Liigvalla_vallavalitsus, lk 134
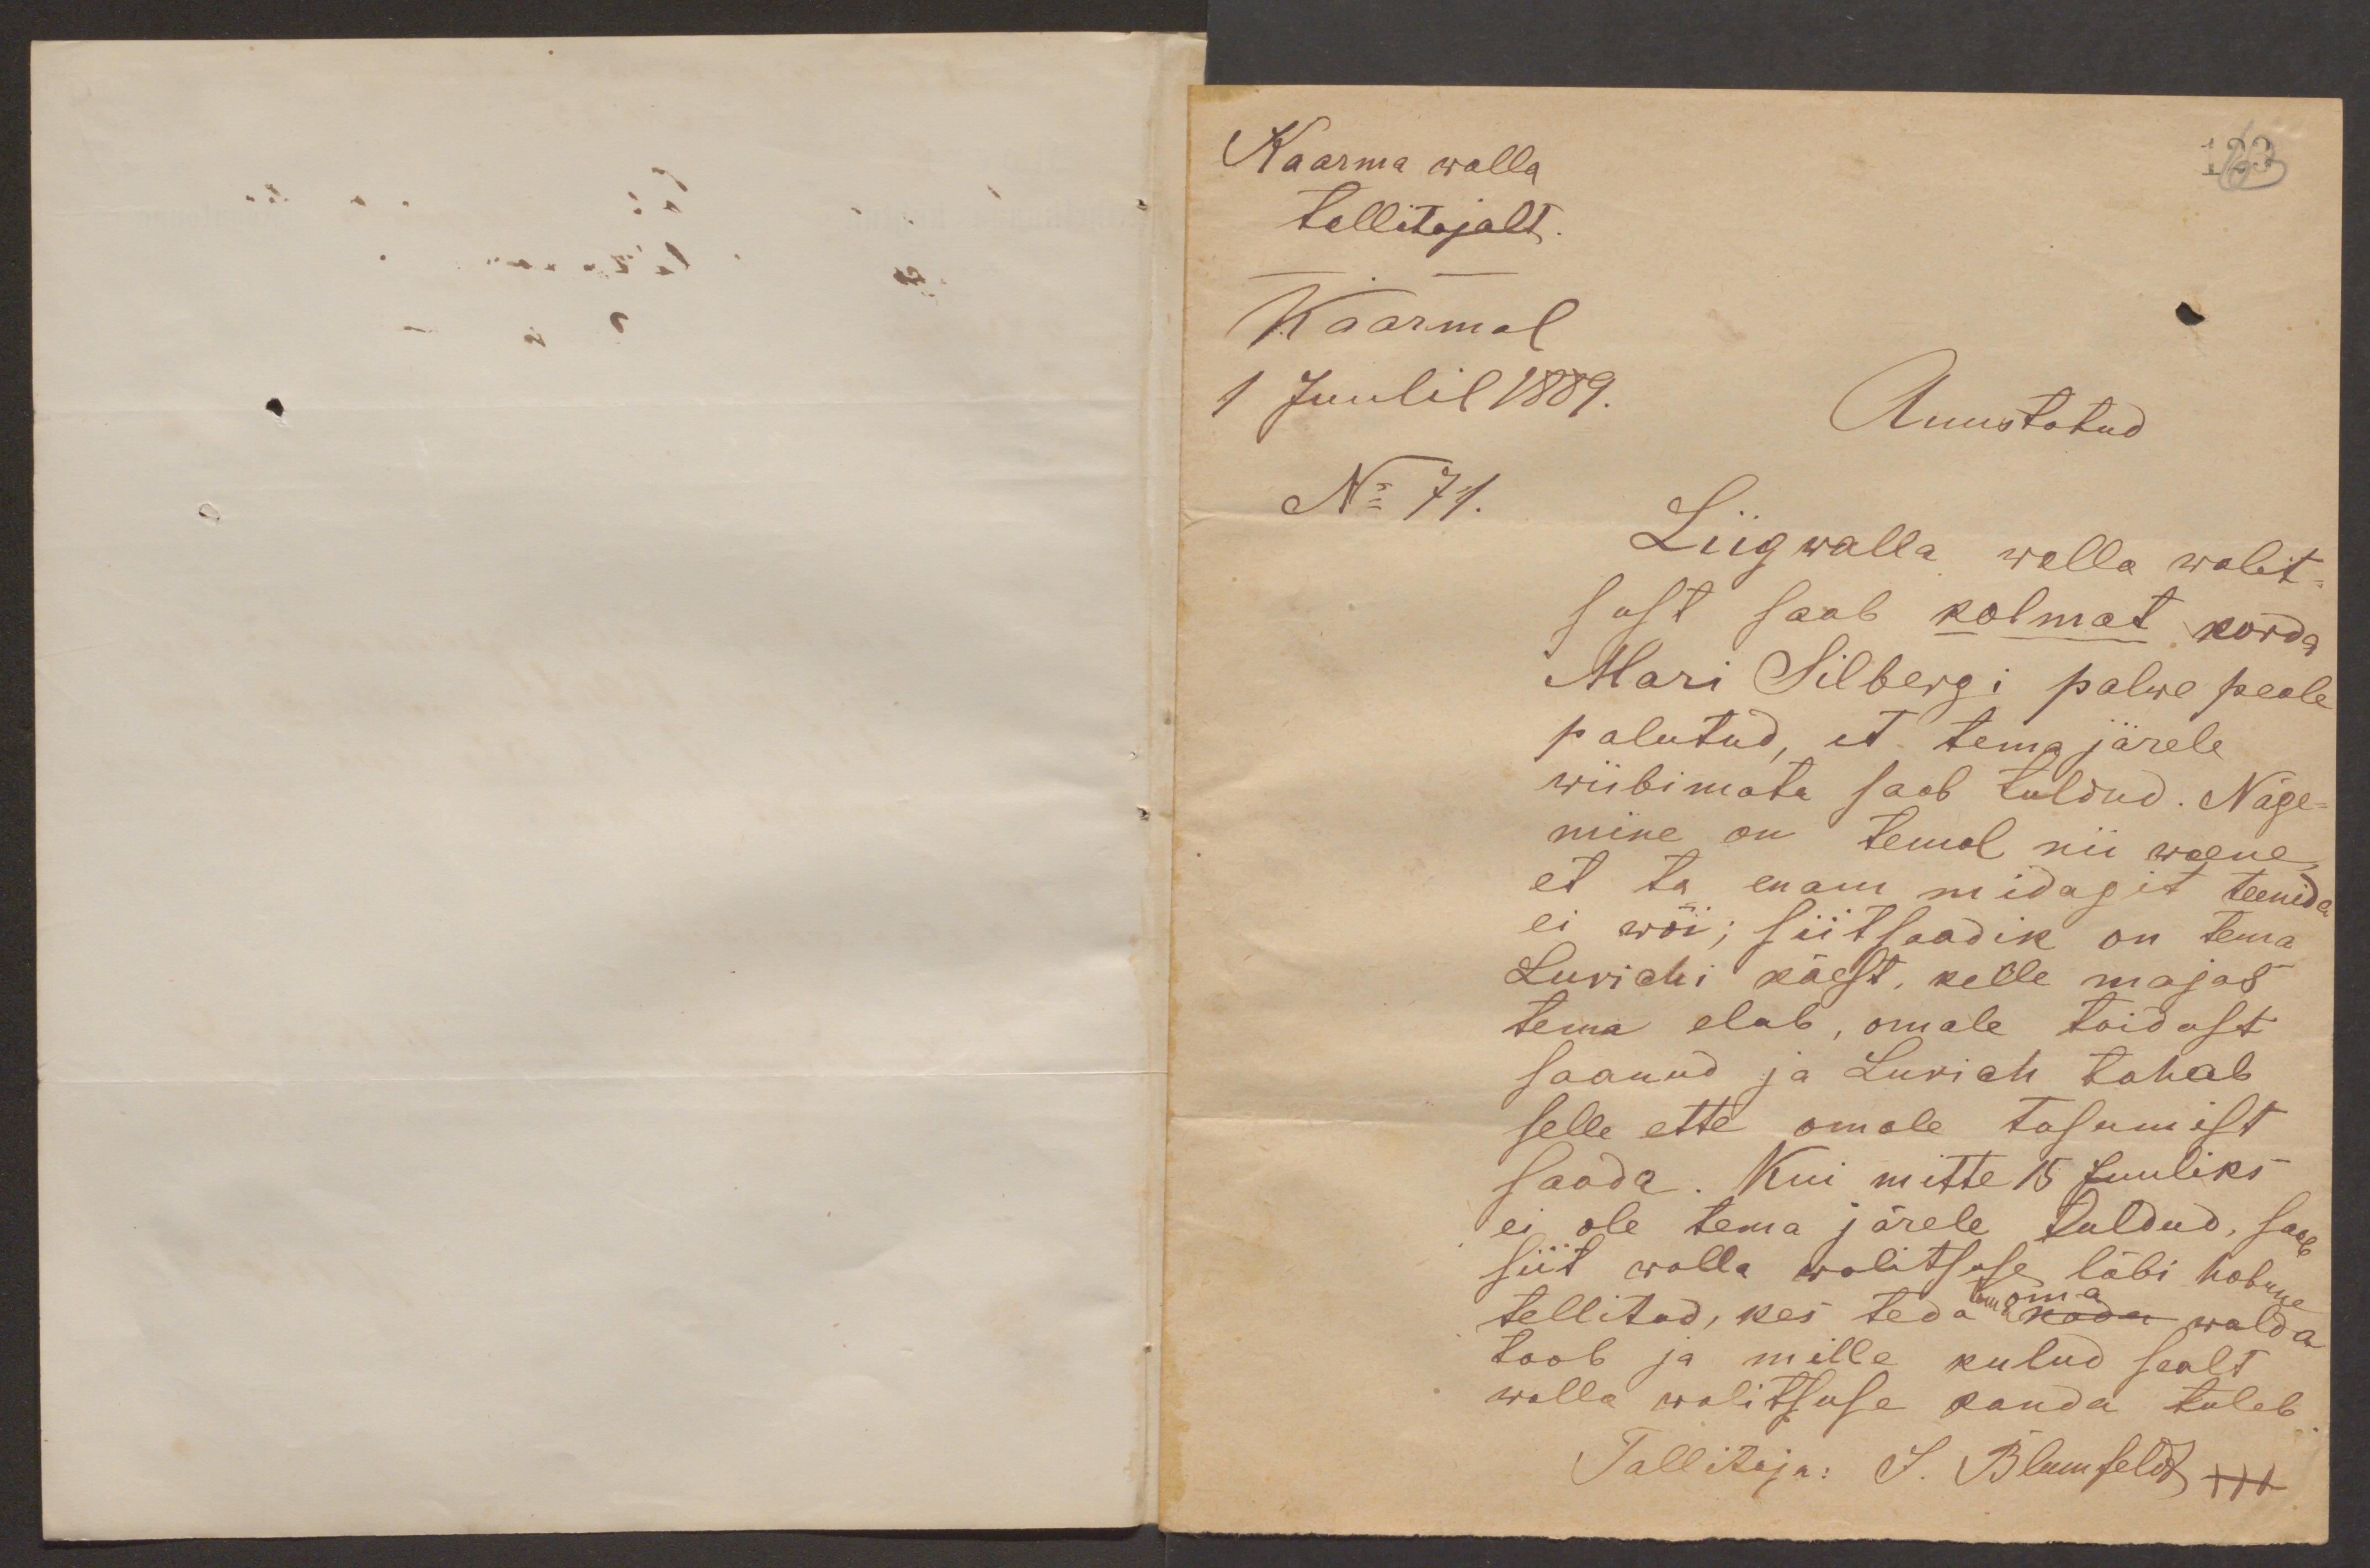
Kaarma walla
tallitajalt.
Kaarmal
1 Juulil 1889.
Auustatud
No 71.
Liigwalla walla walit-
sust saab kolmat korda
Mari Silbergi palwe peale
palutud, et tema järele
wiibimata saab tuldud. Näge-
mine on temal nii waene,
et ta enam midagit teenida
ei wõi; siitsaadik on tema
Lurichi käest, kelle majas
tema elab, omale toidust
saanud ja Lurich tahab
selle ette omale tasumist
saada. Kui mitte 15 Juuliks
ei ole tema järele tuldud, saab
siit walla walitsuse läbi hobune
oma
tellitud, kes teda kodu walda
toob ja mille kulud sealt
walla walitsuse kanda tuleb.
Tallitaja: J. Blumfeldt XXX

123